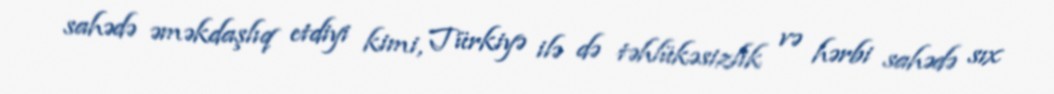
sahədə əməkdaşlıq etdiyi kimi, Türkiyə ilə də təhlükəsizlik və hərbi sahədə sıx